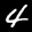
Label: 4